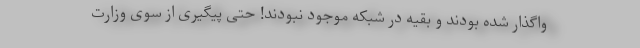
واگذار شده بودند و بقیه در شبکه موجود نبودند! حتی پیگیری از سوی وزارت